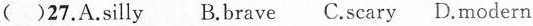
( )27. A.silly B.brave C.scary D.modern